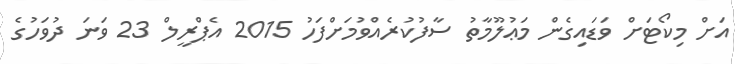
އަށް މިކޯޓަށް ވަޑައިގެން މަޢުލޫމާތު ސާފުކުރެއްވުމަށްފަހު 2015 އެޕްރީލް 23 ވަނަ ދުވަހުގެ